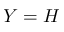
Y = H